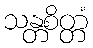
သန္တစိတ္တံ